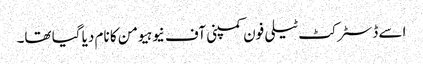
اسے ڈسٹرکٹ ٹیلی فون کمپنی آف نیوہیومن کا نام دیا گیا تھا۔